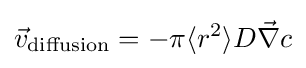
{\vec {v}}_{\rm {diffusion}}=-\pi \langle r^{2}\rangle D{\vec {\nabla }}c